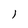
Character: l